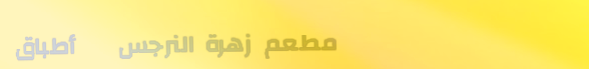
مطعم زهرة النرجس   أطباق